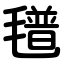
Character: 氆